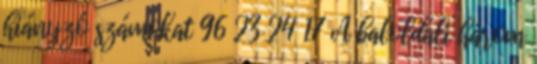
hiányzó számokat 96 23 24 17 A baloldali három